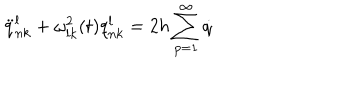
LaTeX: \ddot { q } _ { n k } ^ { l } + \omega _ { l k } ^ { 2 } ( t ) q _ { n k } ^ { l } = 2 h \sum _ { p = 1 } ^ { \infty } \dot { q }